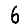
Digit: 6